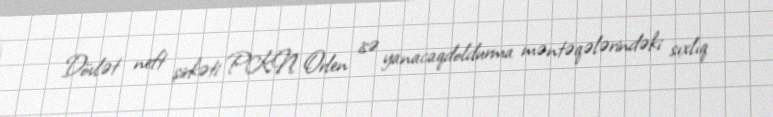
Dövlət neft şirkəti PKN Orlen isə yanacaqdoldurma məntəqələrindəki sıxlıq